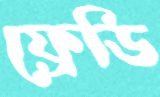
ফ্রেডি